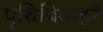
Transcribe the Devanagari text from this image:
पृथिबिबाहरे